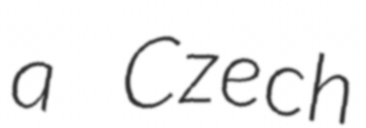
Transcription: a Czech